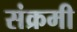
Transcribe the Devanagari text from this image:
संक्रमी